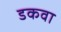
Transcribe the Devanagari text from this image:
डकवा